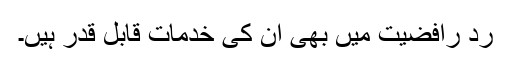
رد رافضیت میں بھی ان کی خدمات قابل قدر ہیں۔